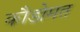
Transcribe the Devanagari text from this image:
कौडोमत